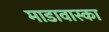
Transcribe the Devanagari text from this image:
माडावास्का